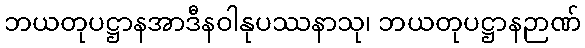
ဘယတုပဋ္ဌာနအာဒီနဝါနုပဿနာသု၊ ဘယတုပဋ္ဌာနဉာဏ်